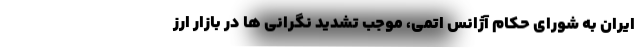
ایران به شورای حکام آژانس اتمی، موجب تشدید نگرانی ها در بازار ارز